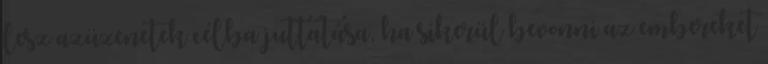
lesz azüzenetek célba juttatása, ha sikerül bevonni az embereket